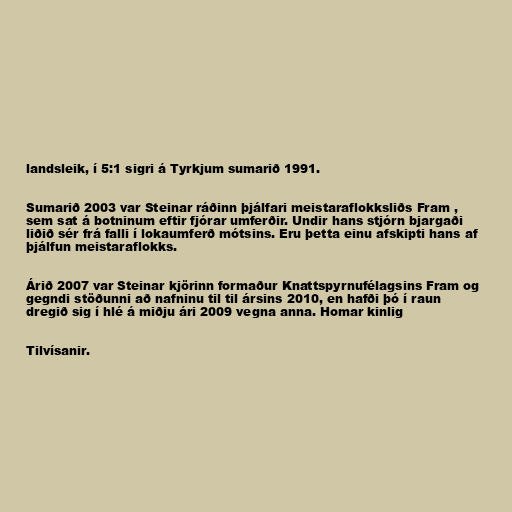
landsleik, í 5:1 sigri á Tyrkjum sumarið 1991.

Sumarið 2003 var Steinar ráðinn þjálfari meistaraflokksliðs Fram ,
sem sat á botninum eftir fjórar umferðir. Undir hans stjórn bjargaði
liðið sér frá falli í lokaumferð mótsins. Eru þetta einu afskipti hans af
þjálfun meistaraflokks.

Árið 2007 var Steinar kjörinn formaður Knattspyrnufélagsins Fram og
gegndi stöðunni að nafninu til til ársins 2010, en hafði þó í raun
dregið sig í hlé á miðju ári 2009 vegna anna. Homar kinlig

Tilvísanir.